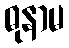
ဓုနာမ